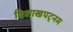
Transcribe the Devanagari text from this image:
विशाखपट्‌नम